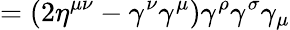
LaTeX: =(2\eta^{\mu\nu}-\gamma^{\nu}\gamma^{\mu})\gamma^{\rho}\gamma^{\sigma}\gamma_{\mu}